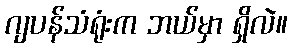
ဂျပန်သံရုံးက ဘယ်မှာ ရှိလဲ။